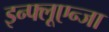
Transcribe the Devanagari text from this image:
इन्फ्लूएन्जा